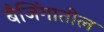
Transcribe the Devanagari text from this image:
बैजिंगातील